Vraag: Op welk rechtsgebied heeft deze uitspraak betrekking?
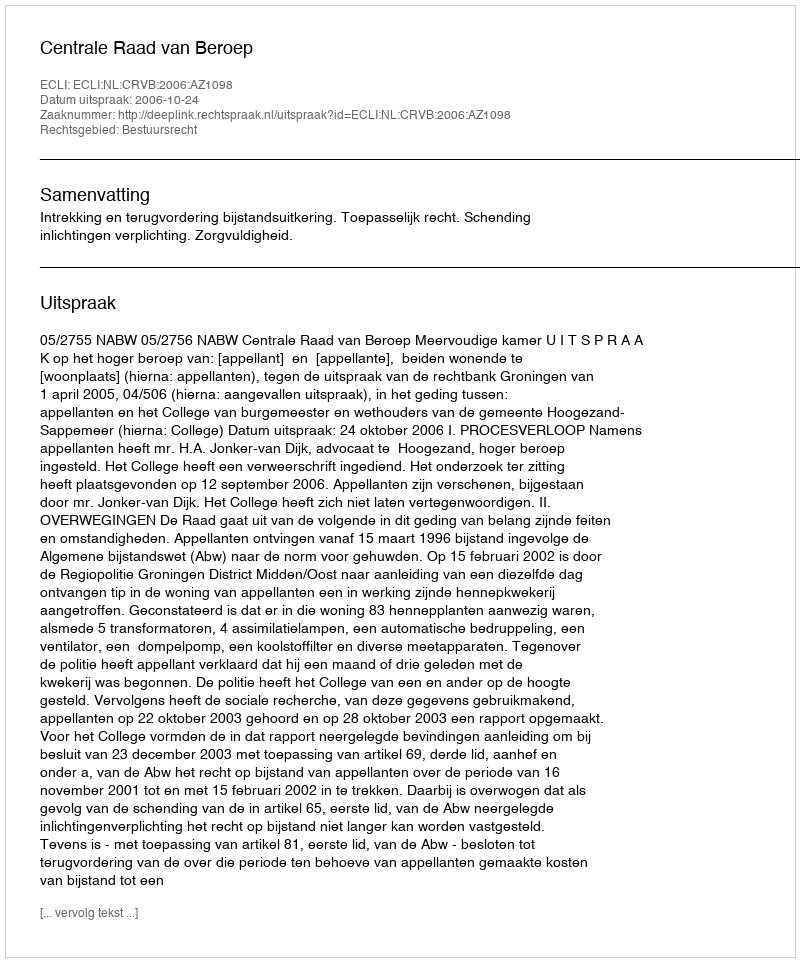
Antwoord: Bestuursrecht